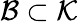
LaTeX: \mathcal{B}\subset\mathcal{K}